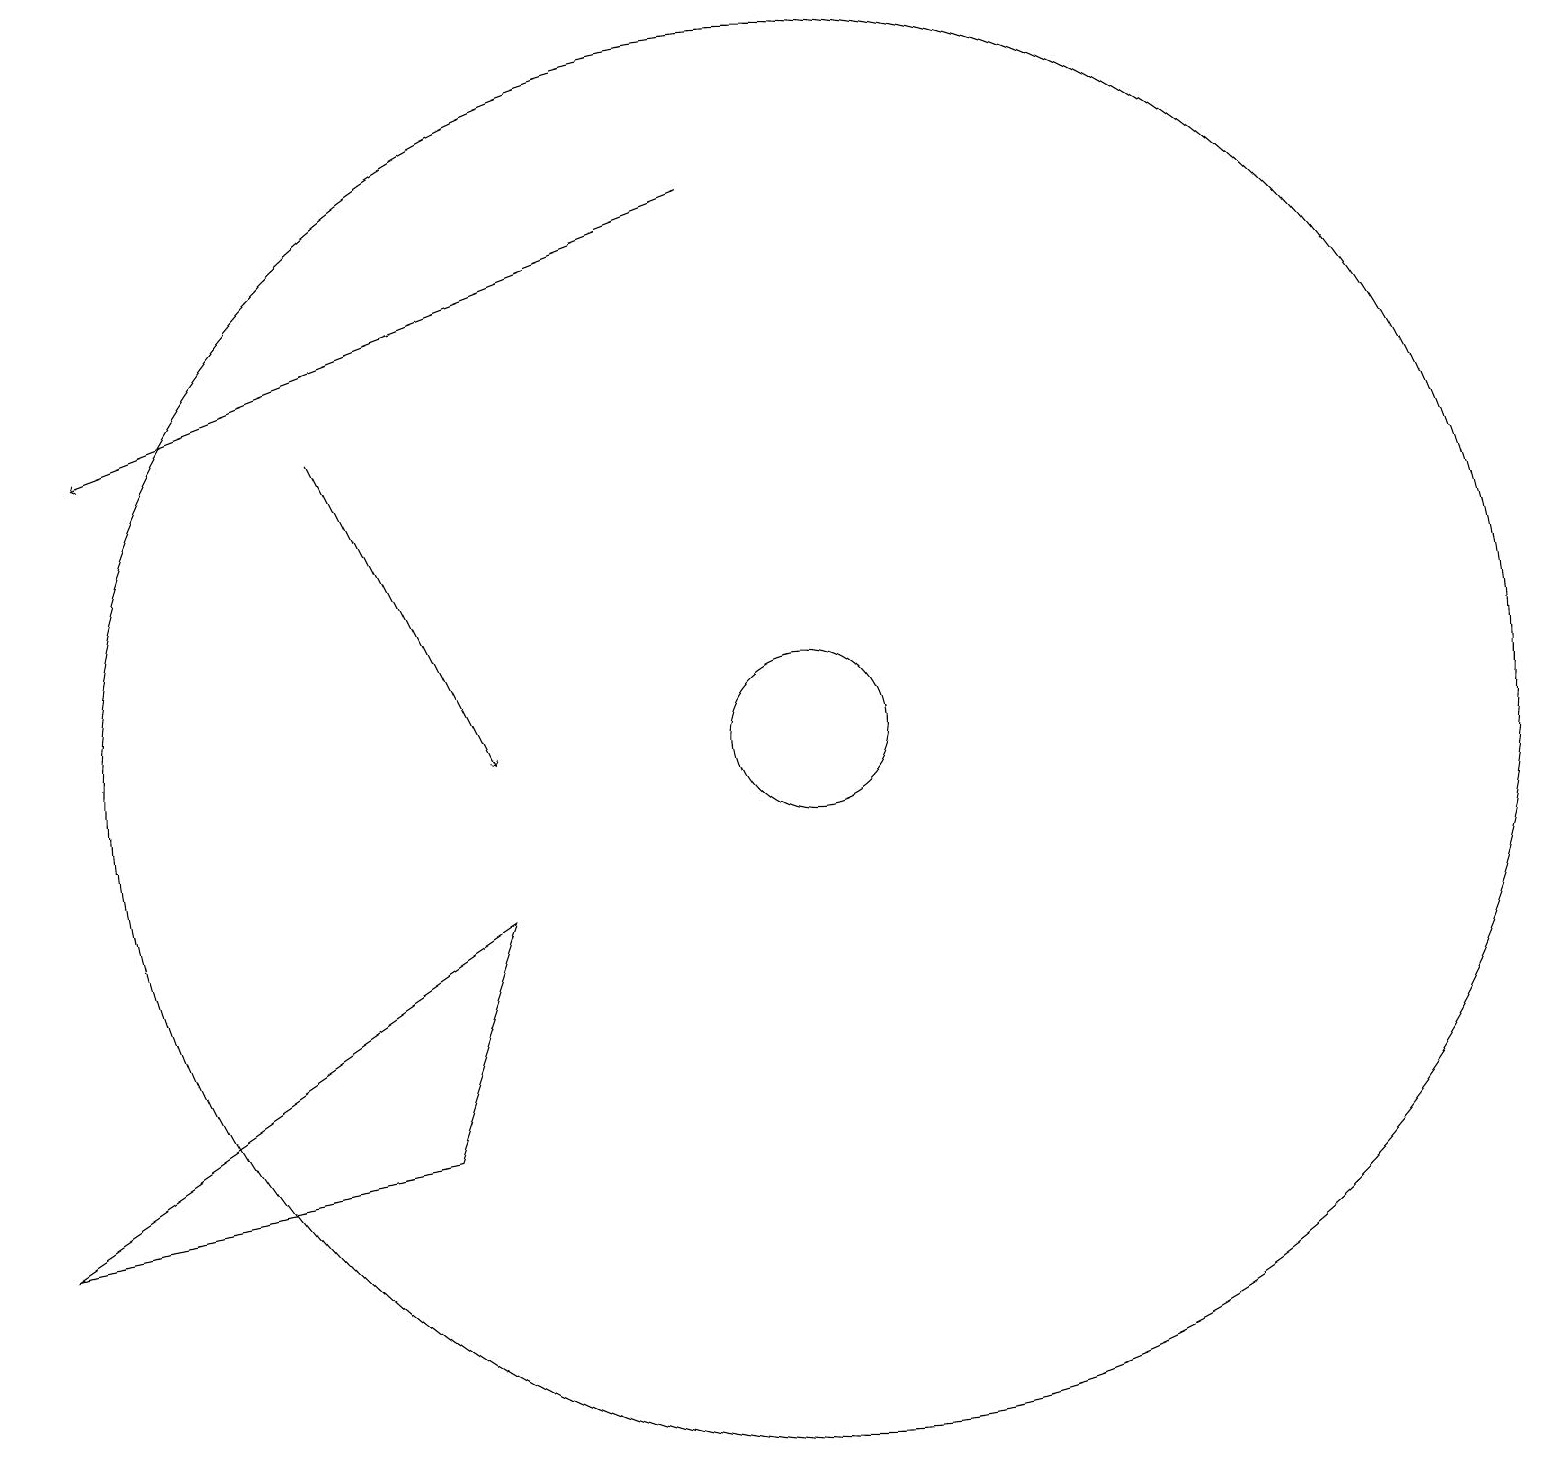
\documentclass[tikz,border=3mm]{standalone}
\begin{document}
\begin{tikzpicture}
\draw (10,11) circle (9);
\draw (6,9) -- (0,5) -- (5,6) -- cycle;
\draw (10,11) circle (1);
\draw[->] (9,18) -- (1,15);
\draw[->] (4,15) -- (6,11);
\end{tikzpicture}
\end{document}